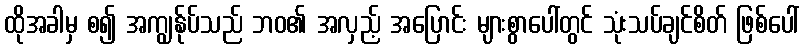
ထိုအခါမှ စ၍ အကျွန်ုပ်သည် ဘဝ၏ အလှည့် အပြောင်း များစွာပေါ်တွင် သုံးသပ်ချင်စိတ် ဖြစ်ပေါ်